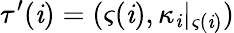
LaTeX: \tau^{\prime}(\mathit{i})=(\varsigma(\mathit{i}),\kappa_{\mathit{i}}|_{\varsigma(\mathit{i})})